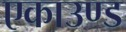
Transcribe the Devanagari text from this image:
एकाउण्ड